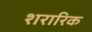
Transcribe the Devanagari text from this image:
शरारिक